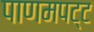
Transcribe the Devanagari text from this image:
पाणमपट्ट